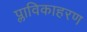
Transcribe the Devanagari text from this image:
प्लाविकाहरण